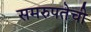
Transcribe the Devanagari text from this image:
समरुपतेची